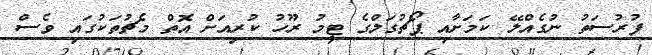
ފުރުސަތު ނުގެއްލޭ ކަމަށާއި ޕޯޗުގަލްގެ ޓީމު ރޫހު ކުރިއަށް އޮތް މެޗުތަކުގައި ވެސް